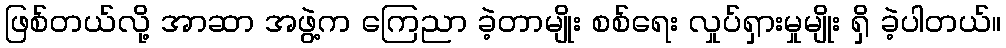
ဖြစ်တယ်လို့ အာဆာ အဖွဲ့က ကြေညာ ခဲ့တာမျိုး စစ်ရေး လှုပ်ရှားမှုမျိုး ရှိ ခဲ့ပါတယ်။